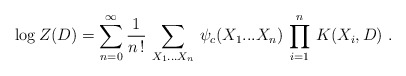
\begin{align*}\left.\log Z(D) = \sum_{n =0}^{\infty} \frac{1}{n \, !} \, \sum_{X_{1}...X_{n}} \,\psi_{c}(X_{1}...X_{n}) \, \prod_{i = 1}^{n} \, K(X_{i},D) \ . \right.\end{align*}